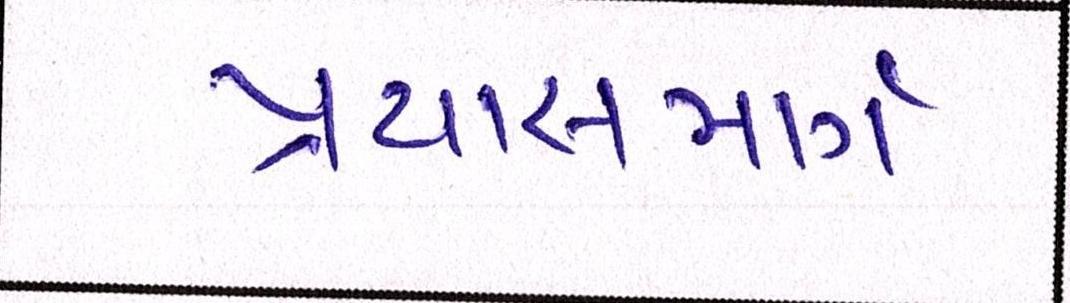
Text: પ્રયાસમાર્ગ